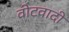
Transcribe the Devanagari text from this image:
वोटवादी